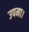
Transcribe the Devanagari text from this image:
उपमा।